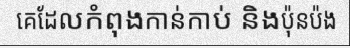
គេដែលកំពុងកាន់កាប់ និងប៉ុនប៉ង